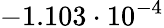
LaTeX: -1.103\cdot 10^{-4}